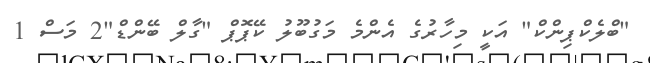
"ބްލެކްޕިންކް" އަކީ މިހާރުގެ އެންމެ މަގުބޫލު ކޭޕޮޕް "ގާލް ބޭންޑް"2 މަސް 1